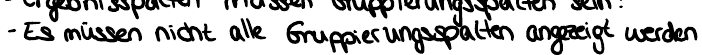
- Es müssen nicht alle Gruppierungsspalten anzeigt werden